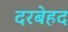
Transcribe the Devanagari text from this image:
दरबेहद